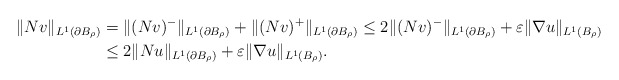
\begin{align*}\|N v\|_{L^1(\partial B_{\rho})} &= \|(N v)^{-}\|_{L^1(\partial B_{\rho})} + \|(N v)^{+}\|_{L^1(\partial B_{\rho})} \leq 2 \|(N v)^{-}\|_{L^1(\partial B_{\rho})} + \varepsilon \|\nabla u \|_{L^{1}(B_{\rho})}\\&\leq 2 \| N u \|_{L^1(\partial B_{\rho})} + \varepsilon \|\nabla u \|_{L^{1}(B_{\rho})}.\end{align*}